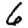
Digit: 6